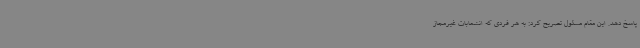
پاسخ دهد. این مقام مسئول تصریح کرد: به هر فردی که انشعابات غیرمجاز